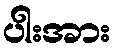
ပါးအား